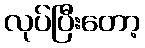
လုပ်ပြီးတော့